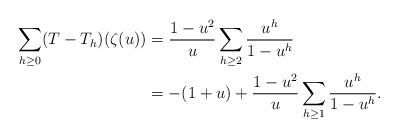
LaTeX: \begin{align*} \sum_{h\ge 0}(T-T_h)(\zeta(u)) &= \frac{1-u^2}{u}\sum_{h\ge 2}\frac{u^h}{1-u^h}\\ &=-(1+u) + \frac{1-u^2}{u}\sum_{h\ge 1}\frac{u^h}{1-u^h}. \end{align*}